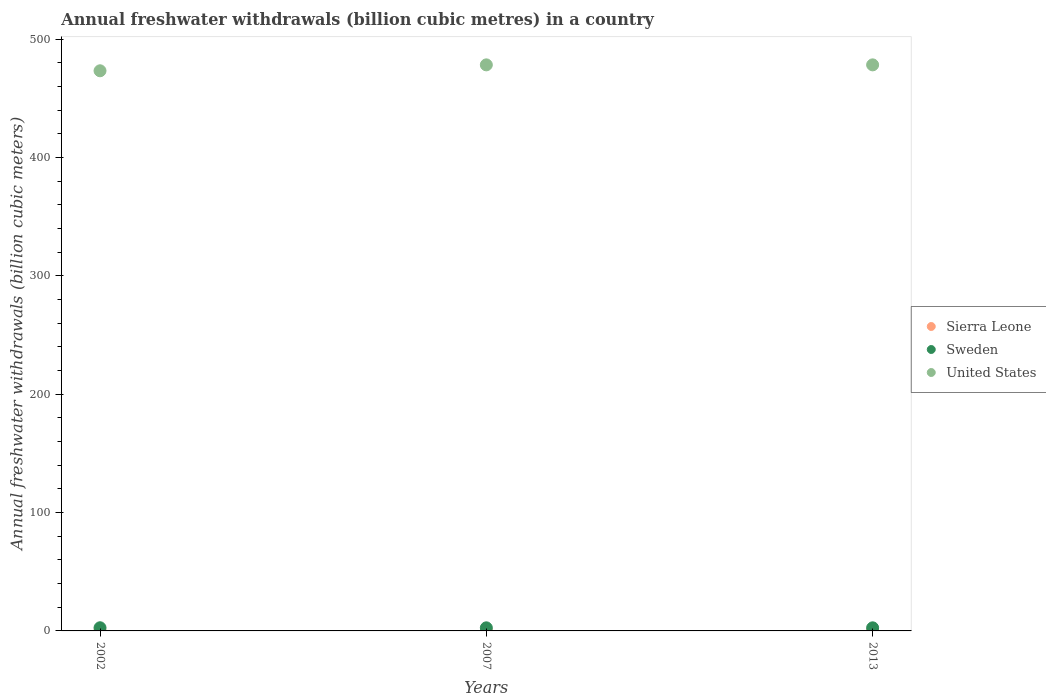
| Years | Sierra Leone | Sweden | United States |
 | --- | --- | --- | --- |
 | 2002 | 0.189 | 2.67 | 473 |
 | 2007 | 0.212 | 2.62 | 478 |
 | 2013 | 0.212 | 2.62 | 478 |